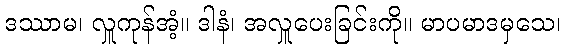
ဒဿာမ၊ လှူကုန်အံ့။ ဒါနံ၊ အလှူပေးခြင်းကို။ မာပမာဒမှသေ၊